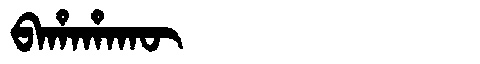
Manchu: ᠪᠠᡥᠠᡥᠠᡴᡡ
Romanization: BAHAHAKŪ